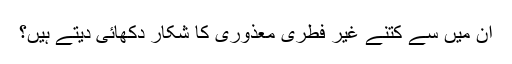
ان میں سے کتنے غیر فطری معذوری کا شکار دکھائی دیتے ہیں؟